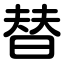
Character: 替